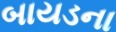
બાયડના